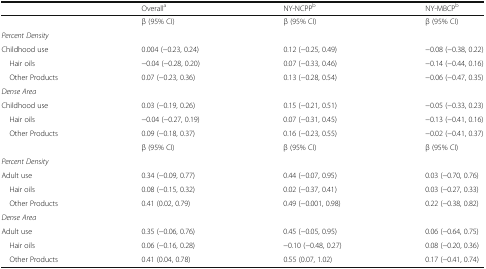
<table><thead><tr><td></td><td><b>Overall<sup>a</sup></b></td><td><b>NY-NCPP<sup>b</sup></b></td><td><b>NY-MBCP<sup>b</sup></b></td></tr></thead><tbody><tr><td></td><td>β (95% CI)</td><td>β (95% CI)</td><td>β (95% CI)</td></tr><tr><td colspan="4"><i>Percent Density</i></td></tr><tr><td>Childhood use</td><td>0.004 (−0.23, 0.24)</td><td>0.12 (−0.25, 0.49)</td><td>−0.08 (−0.38, 0.22)</td></tr><tr><td> Hair oils</td><td>−0.04 (−0.28, 0.20)</td><td>0.07 (−0.33, 0.46)</td><td>−0.14 (−0.44, 0.16)</td></tr><tr><td> Other Products</td><td>0.07 (−0.23, 0.36)</td><td>0.13 (−0.28, 0.54)</td><td>−0.06 (−0.47, 0.35)</td></tr><tr><td colspan="4"><i>Dense Area</i></td></tr><tr><td>Childhood use</td><td>0.03 (−0.19, 0.26)</td><td>0.15 (−0.21, 0.51)</td><td>−0.05 (−0.33, 0.23)</td></tr><tr><td> Hair oils</td><td>−0.04 (−0.27, 0.19)</td><td>0.07 (−0.31, 0.45)</td><td>−0.13 (−0.41, 0.16)</td></tr><tr><td> Other Products</td><td>0.09 (−0.18, 0.37)</td><td>0.16 (−0.23, 0.55)</td><td>−0.02 (−0.41, 0.37)</td></tr><tr><td></td><td>β (95% CI)</td><td>β (95% CI)</td><td>β (95% CI)</td></tr><tr><td colspan="4"><i>Percent Density</i></td></tr><tr><td>Adult use</td><td>0.34 (−0.09, 0.77)</td><td>0.44 (−0.07, 0.95)</td><td>0.03 (−0.70, 0.76)</td></tr><tr><td> Hair oils</td><td>0.08 (−0.15, 0.32)</td><td>0.02 (−0.37, 0.41)</td><td>0.03 (−0.27, 0.33)</td></tr><tr><td> Other Products</td><td>0.41 (0.02, 0.79)</td><td>0.49 (−0.001, 0.98)</td><td>0.22 (−0.38, 0.82)</td></tr><tr><td colspan="4"><i>Dense Area</i></td></tr><tr><td>Adult use</td><td>0.35 (−0.06, 0.76)</td><td>0.45 (−0.05, 0.95)</td><td>0.06 (−0.64, 0.75)</td></tr><tr><td> Hair oils</td><td>0.06 (−0.16, 0.28)</td><td>−0.10 (−0.48, 0.27)</td><td>0.08 (−0.20, 0.36)</td></tr><tr><td> Other Products</td><td>0.41 (0.04, 0.78)</td><td>0.55 (0.07, 1.02)</td><td>0.17 (−0.41, 0.74)</td></tr></tbody></table>